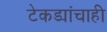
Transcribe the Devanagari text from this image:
टेकड्यांचाही